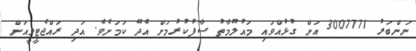
ނަންބަރު 3007771 އަށް ގުޅުއްވައި މައުލޫމާތު ސާފުކުރުމަށް އެދޭ ކަމަށެވެ. އަދި ރައްޖެޓީވީއަށް